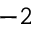
^ { - 2 }